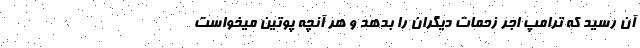
آن رسید که ترامپ اجر زحمات دیگران را بدهد و هر آنچه پوتین میخواست